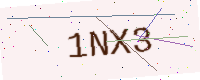
Text: 1NX3